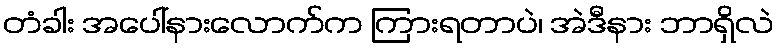
တံခါး အပေါ်နားလောက်က ကြားရတာပဲ၊ အဲဒီနား ဘာရှိလဲ